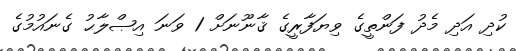
ކުދި އަދި މެދު ފަންތީގެ ވިޔަފާރީގެ ޤާނޫނަށް 1 ވަނަ އިޞްލާޙު ގެނައުމުގެ